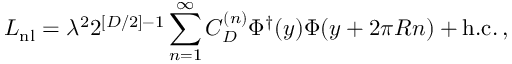
{ \cal L } _ { \mathrm { n l } } = \lambda ^ { 2 } 2 ^ { [ D / 2 ] - 1 } \sum _ { n = 1 } ^ { \infty } C _ { D } ^ { ( n ) } \Phi ^ { \dagger } ( y ) \Phi ( y + 2 \pi R n ) + \mathrm { h . c . } \, ,